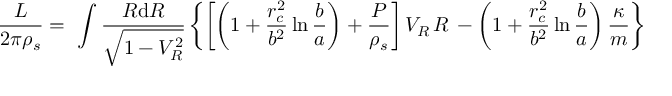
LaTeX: \frac L { 2 \pi \rho _ { s } } = \ \int \frac { R \mathrm { d } R } { \sqrt { 1 - V _ { R } ^ { 2 } } } \left\{ \left[ \left( 1 + \frac { r _ { c } ^ { 2 } } { b ^ { 2 } } \ln \frac b a \right) + \frac P { \rho _ { s } } \right] V _ { R } \, R \, - \left( 1 + \frac { r _ { c } ^ { 2 } } { b ^ { 2 } } \ln \frac b a \right) \frac \kappa m \right\}